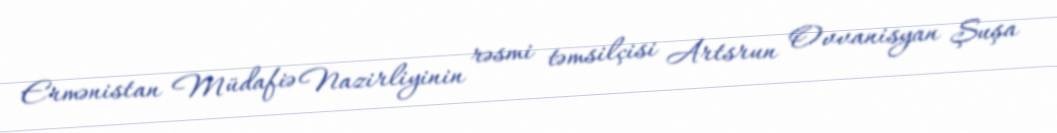
Ermənistan Müdafiə Nazirliyinin rəsmi təmsilçisi Artsrun Ovvanisyan Şuşa